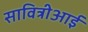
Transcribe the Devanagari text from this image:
सावित्रीआई